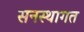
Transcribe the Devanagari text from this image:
सनस्थागत